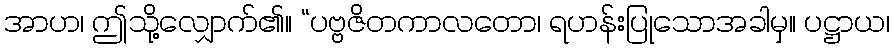
အာဟ၊ ဤသို့လျှောက်၏။ “ပဗ္ဗဇိတကာလတော၊ ရဟန်းပြုသောအခါမှ။ ပဋ္ဌာယ၊